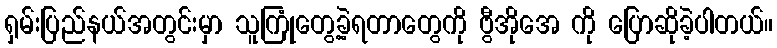
ရှမ်းပြည်နယ်အတွင်းမှာ သူကြုံတွေ့ခဲ့ရတာတွေကို ဗွီအိုအေ ကို ပြောဆိုခဲ့ပါတယ်။